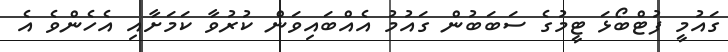
ގައުމީ ފުޓްބޯޅަ ޓީމުގެ ސަބަބުން ގައުމު އެއްބައިވަން ކުރުވާ ކަމަށާއި އެހެންވެ އެ